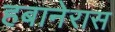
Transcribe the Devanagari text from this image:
हबानेरास